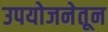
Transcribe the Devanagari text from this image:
उपयोजनेतून